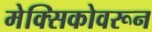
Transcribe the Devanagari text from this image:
मेक्सिकोवरून